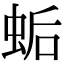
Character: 𧊛